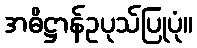
အဓိဋ္ဌာန်ဥပုသ်ပြုပုံ။